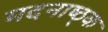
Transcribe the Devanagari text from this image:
मदनाष्ठ्क